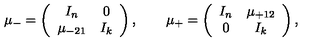
\mu _ { - } = \left( \begin{array} { c c } { I _ { n } } & { 0 } \\ { \mu _ { - 2 1 } } & { I _ { k } } \\ \end{array} \right) , \qquad \mu _ { + } = \left( \begin{array} { c c } { I _ { n } } & { \mu _ { + 1 2 } } \\ { 0 } & { I _ { k } } \\ \end{array} \right) ,